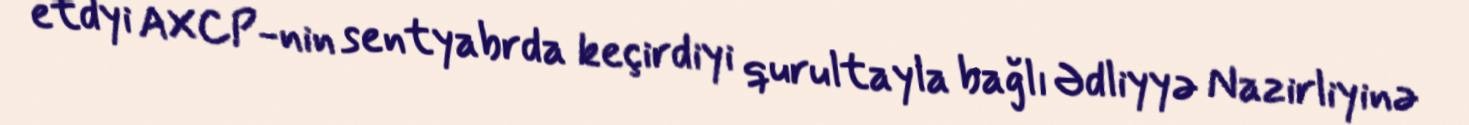
etdyi AXCP-nin sentyabrda keçirdiyi qurultayla bağlı Ədliyyə Nazirliyinə